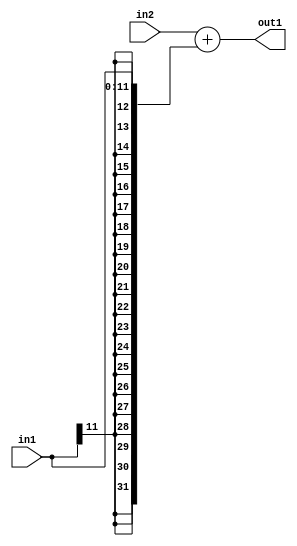
`timescale 1ps / 1ps
/*****************************************************************************
    Verilog RTL Description
    
    
    Created by: Stratus DpOpt 2019.1.01 
*******************************************************************************/

module GaussFilter_Add_32Sx12S_32S_1 (
	in2,
	in1,
	out1
	); /* architecture "behavioural" */ 
input [31:0] in2;
input [11:0] in1;
output [31:0] out1;
wire [31:0] asc001;

assign asc001 = 
	+(in2)
	+({{20{in1[11]}}, in1});

assign out1 = asc001;
endmodule

/* CADENCE  ubP3Tgw= : u9/ySgnWtBlWxVPRXgAZ4Og= ** DO NOT EDIT THIS LINE ******/